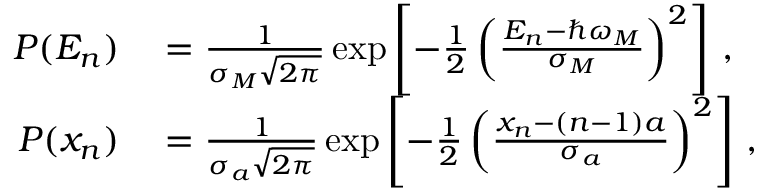
\begin{array} { r l } { P ( E _ { n } ) } & { { } = \frac { 1 } { \sigma _ { M } \sqrt { 2 \pi } } \exp \left[ { - \frac { 1 } { 2 } \left( \frac { E _ { n } - \hbar \omega _ { M } } { \sigma _ { M } } \right) ^ { 2 } } \right] \, , } \\ { P ( x _ { n } ) } & { { } = \frac { 1 } { \sigma _ { a } \sqrt { 2 \pi } } \exp \left[ { - \frac { 1 } { 2 } \left( \frac { x _ { n } - ( n - 1 ) a } { \sigma _ { a } } \right) ^ { 2 } } \right] \, , } \end{array}